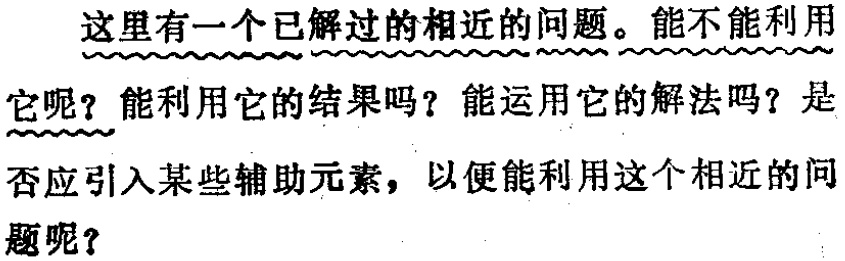
这里有一个已解过的相近的问题。能不能利用它呢？能利用它的结果吗？能运用它的解法吗？是否应引入某些辅助元素，以便能利用这个相近的问题呢？